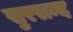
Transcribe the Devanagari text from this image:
सुरसन्द